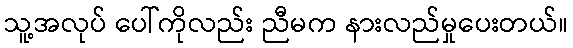
သူ့အလုပ် ပေါ်ကိုလည်း ညီမက နားလည်မှုပေးတယ်။